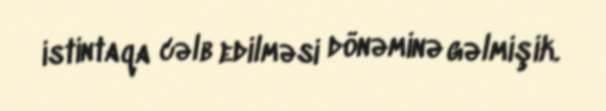
istintaqa cəlb edilməsi dönəminə gəlmişik.